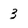
Character: 3